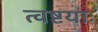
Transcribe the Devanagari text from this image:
त्वष्टयाः